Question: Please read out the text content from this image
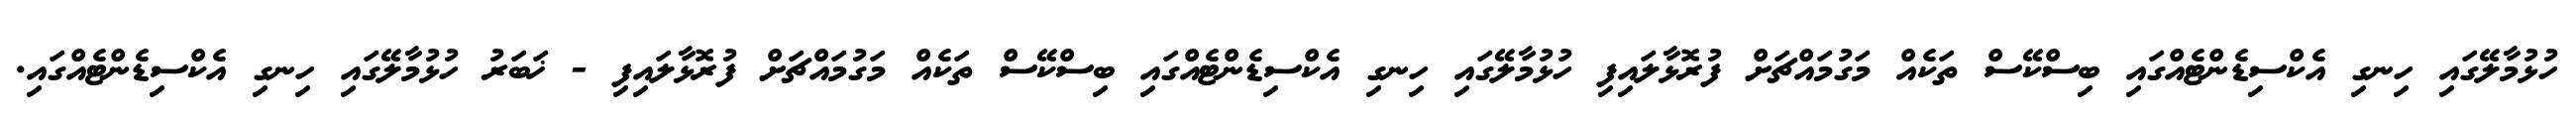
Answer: ހުޅުމާލޭގައި ހިނގި އެކްސިޑެންޓެއްގައި ބިސްކޭސް ތަކެއް މަގުމައްޗަށް ފުރޮޅާލައިފި ހުޅުމާލޭގައި ހިނގި އެކްސިޑެންޓެއްގައި ބިސްކޭސް ތަކެއް މަގުމައްޗަށް ފުރޮޅާލައިފި - ޚަބަރު ހުޅުމާލޭގައި ހިނގި އެކްސިޑެންޓެއްގައި.